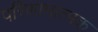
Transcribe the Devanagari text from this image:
परिणामात्‍मक